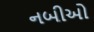
નબીઓ